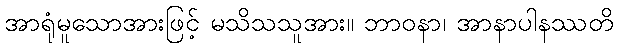
အာရုံမူသောအားဖြင့် မသိသသူအား။ ဘာဝနာ၊ အာနာပါနဿတိ